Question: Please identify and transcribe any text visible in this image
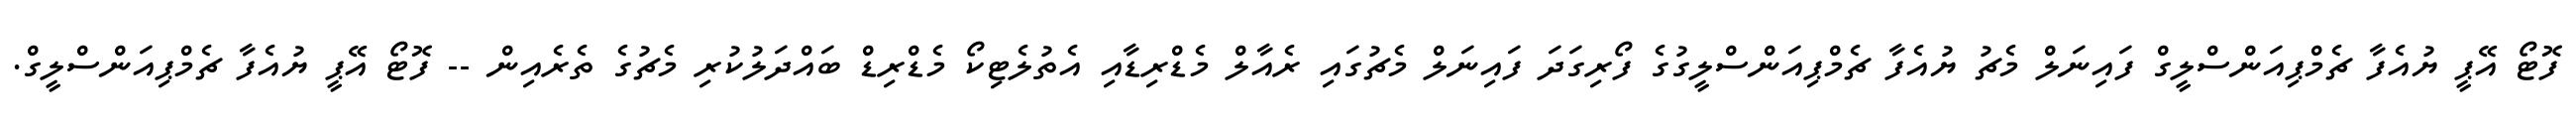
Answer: ފޮޓޯ އޭޕީ ޔުއެފާ ޗެމްޕިއަންސްލީގް ފައިނަލް މެޗު ޔުއެފާ ޗެމްޕިއަންސްލީގުގެ ފޯރިގަދަ ފައިނަލް މެޗުގައި ރެއާލް މެޑްރިޑާއި އެތުލެޓިކޯ މެޑްރިޑް ބައްދަލުކުރި މެޗުގެ ތެރެއިން -- ފޮޓޯ އޭޕީ ޔުއެފާ ޗެމްޕިއަންސްލީގް.